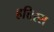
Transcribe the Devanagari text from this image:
हत्तिस्स